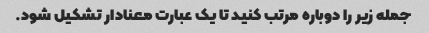
جمله زیر را دوباره مرتب کنید تا یک عبارت معنادار تشکیل شود.